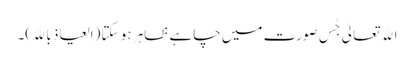
اﷲتعالیٰ جٰس صورت میں چاہے ظاہر ہو سکتا (العیاذ باﷲ)۔